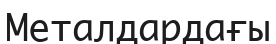
Металдардағы